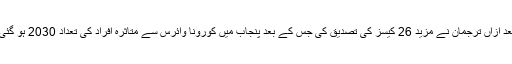
بعد ازاں ترجمان نے مزید 26 کیسز کی تصدیق کی جس کے بعد پنجاب میں کورونا وائرس سے متاثرہ افراد کی تعداد 2030 ہو گئی۔